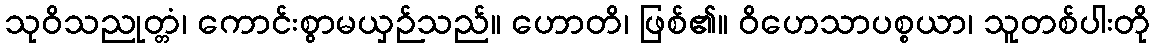
သုဝိသညုတ္တံ၊ ကောင်းစွာမယှဉ်သည်။ ဟောတိ၊ ဖြစ်၏။ ဝိဟေသာပစ္စယာ၊ သူတစ်ပါးတို